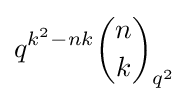
q^{k^{2}-nk}{n \choose k}_{q^{2}}